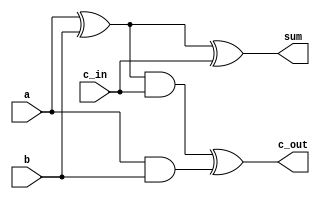
module fulladder (input a, b, c_in, output sum, c_out);
wire s1, c1, c2;

xor g1(s1, a, b);
xor g2(sum, s1, c_in);
and g3(c1, a,b);
and g4(c2, s1, c_in) ;
xor g5(c_out, c2, c1) ;

endmodule